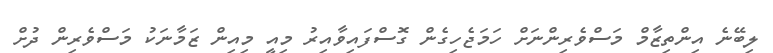
ލިބޭނެ އިންތިޒާމް މަސްވެރިންނަށް ހަމަޖެހިގެން ގޮސްފައިވާއިރު މިއީ މިއިން ޒަމާނަކު މަސްވެރިން ދުށް